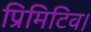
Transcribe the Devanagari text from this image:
प्रिमिटिव।